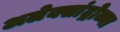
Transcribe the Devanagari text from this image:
अलेक्सांद्रोव्ना